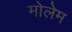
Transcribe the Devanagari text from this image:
मोलेम